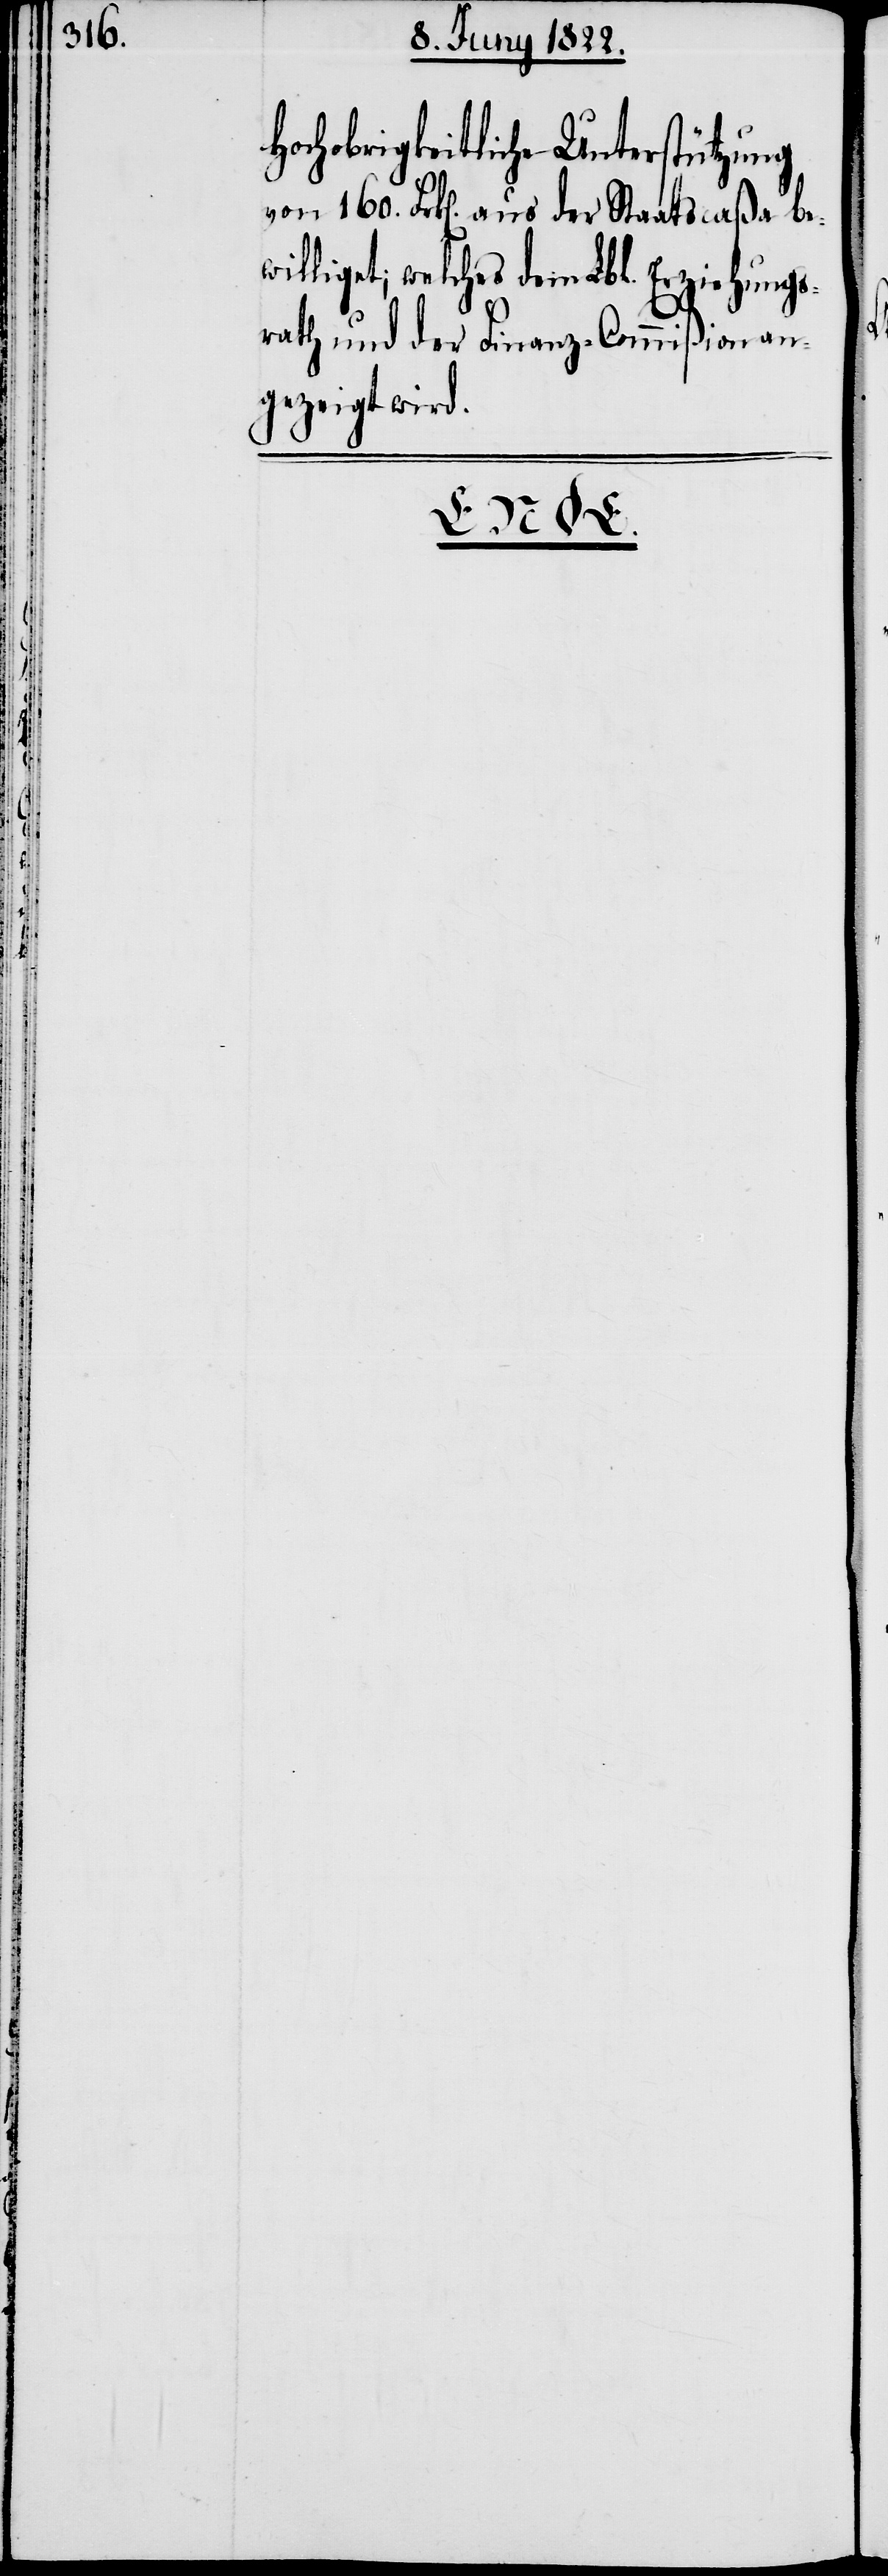
Hochobrigkeitliche Unterstützung
von 160. Frk[en]. aus der Staatscaßa be¬
williget; welches dem Lbl. Erziehungs¬
rath und der Finanz-Commißion an¬
gezeigt wird.